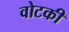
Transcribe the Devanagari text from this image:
वोटकी